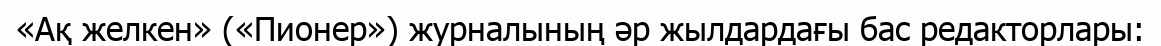
«Ақ желкен» («Пионер») журналының әр жылдардағы бас редакторлары: